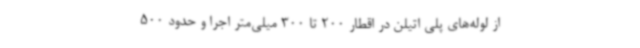
از لوله‌های پلی اتیلن در اقطار 200 تا 300 میلی‌متر اجرا و حدود 500